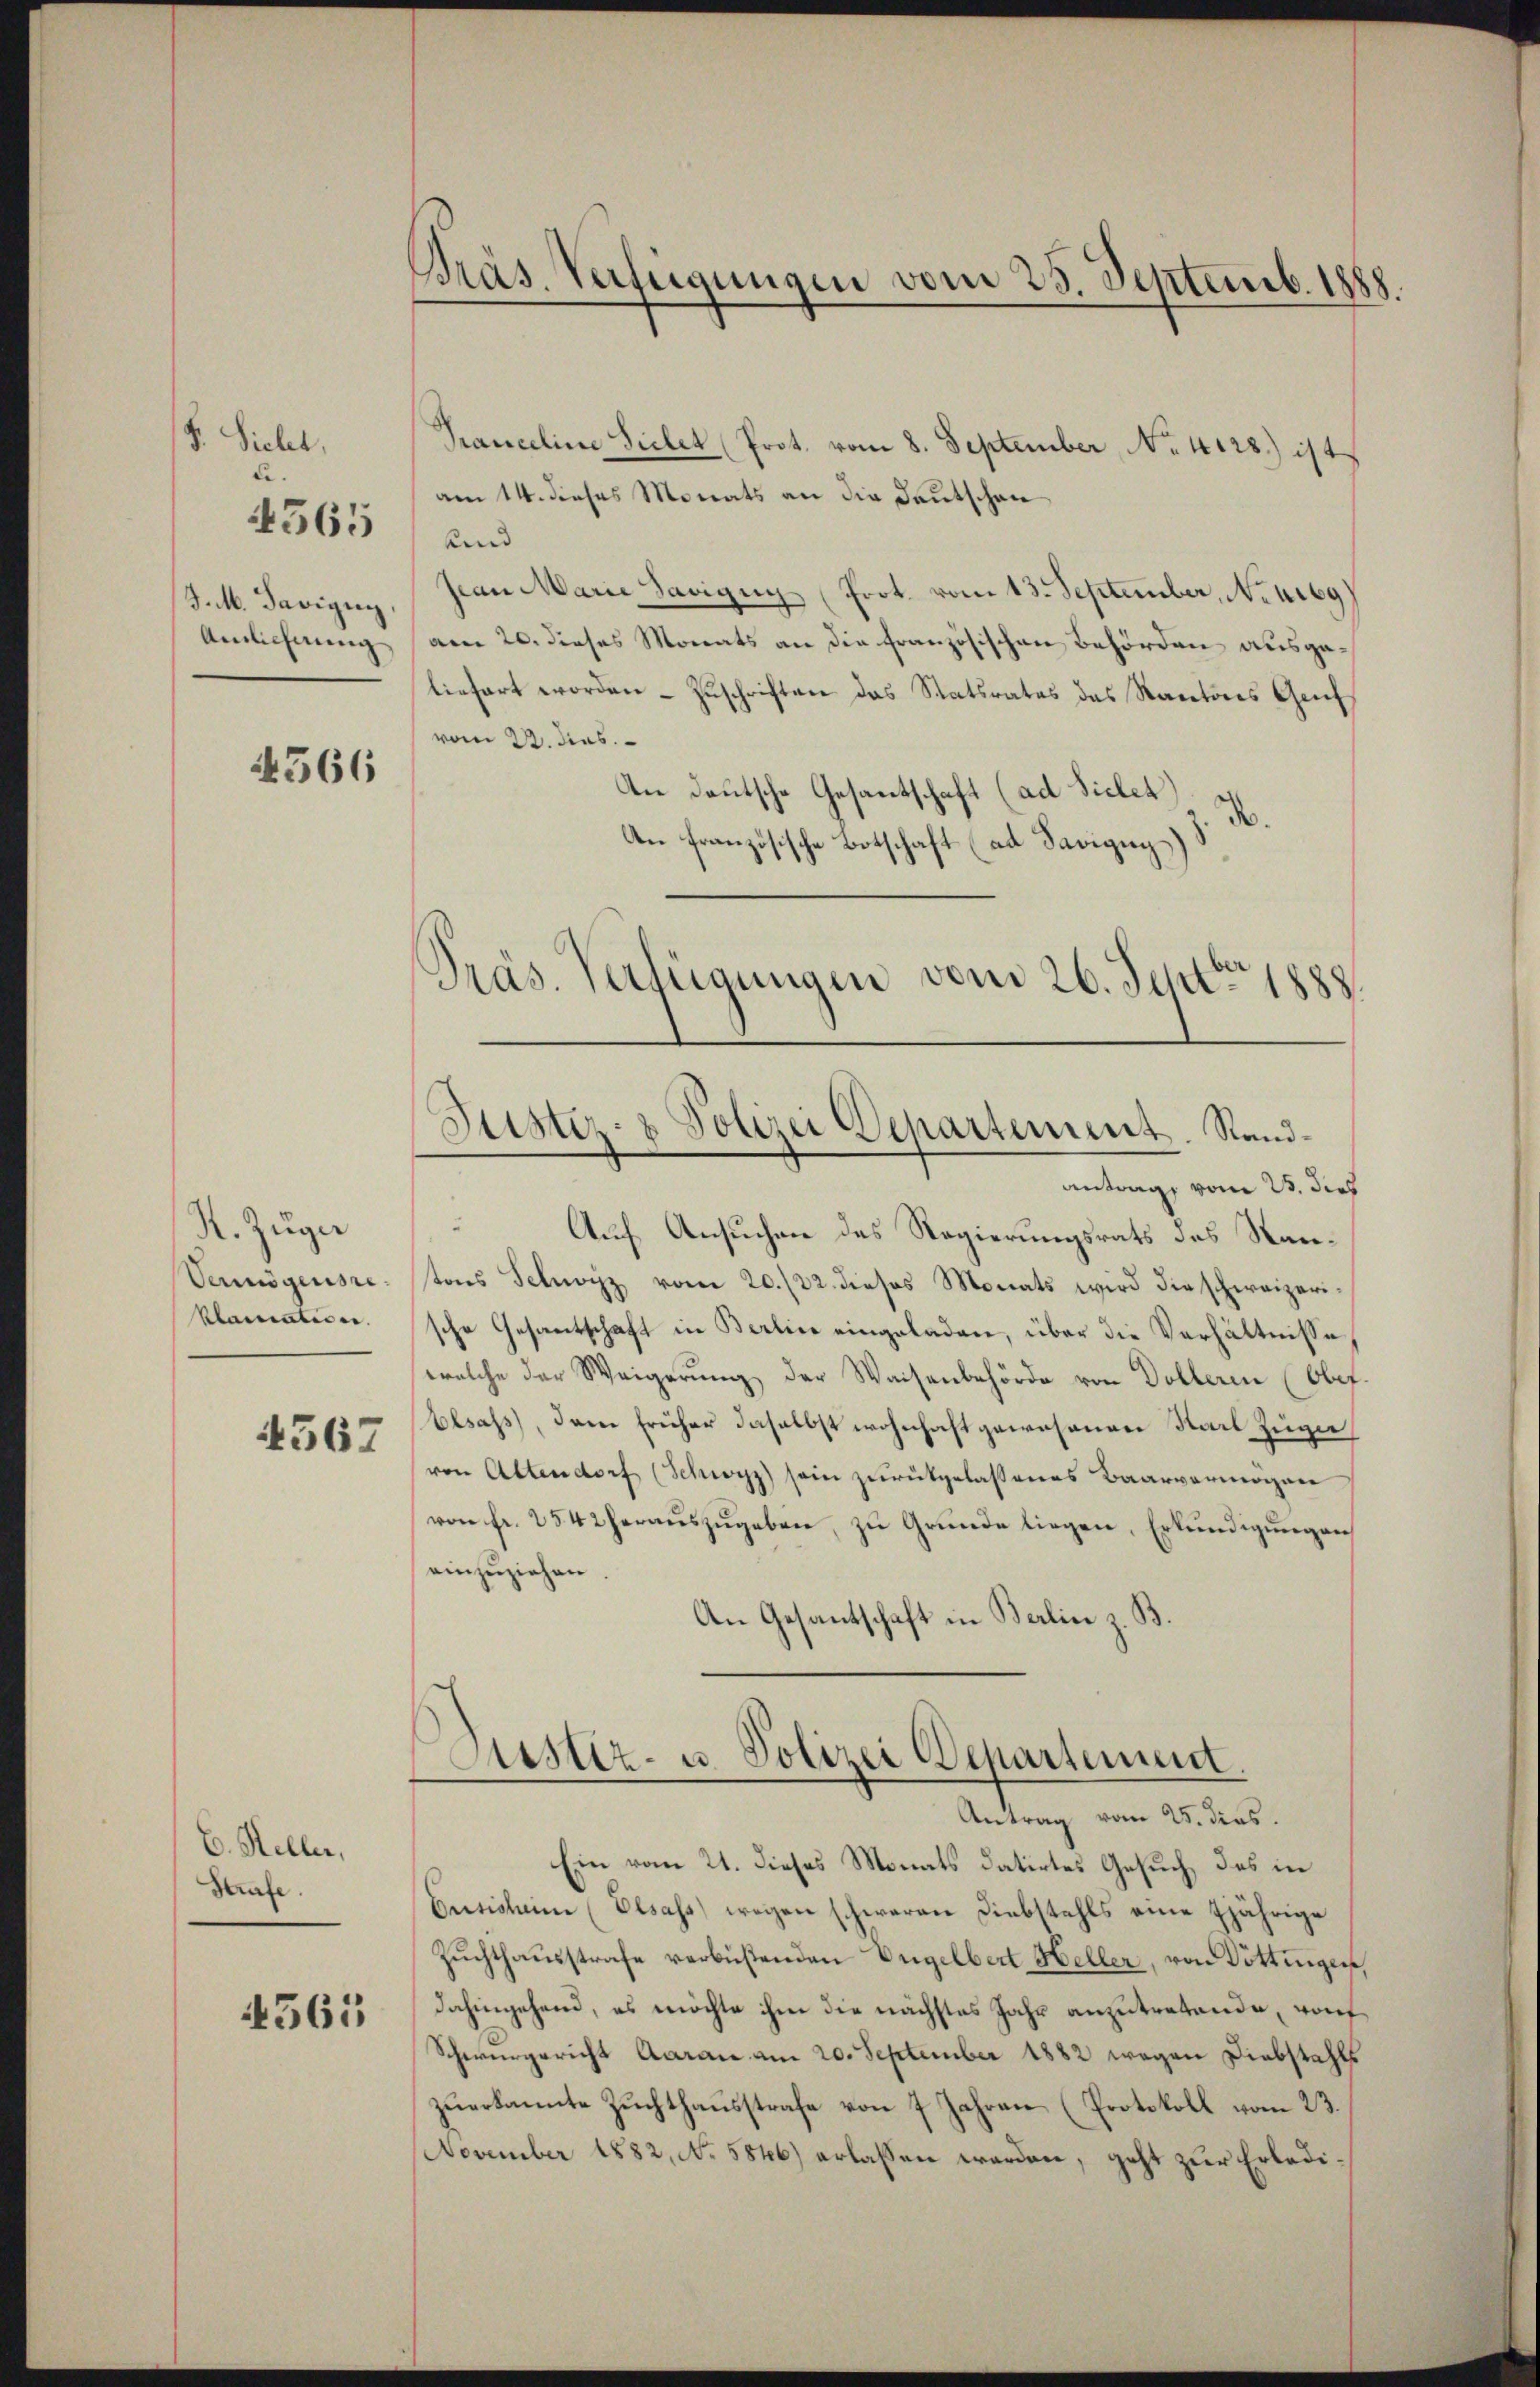
F. Siehet,
e
J.M. Savigny
Anlichnung

4565

366

N. Zŭger
Vermögensre
klarenteien. |
4567

C. Heller,
Strafe.

4561

Präs. Verfügungen vom 25. Septemb. 1888.

Pranceline Sichet (Prot. vom 8. September, No. 4128) ist
am 14. dieses Monats an die Deutschen
und
Pan Marie Savigny (Prot. vom 13. September, Neuig
am 20. dieses Monats an die französischen Behörden ausgeliefert worden – Zuschriften das Statsrates das Kantons Genf
vom 22. dies
An deutsche Gesantschaft (ad Sicher H
An französische Botschaft (ad Savigny)
Präs. Verfügungen vom 26. Septbr 1888.

Justiz- & Polizei Departement. Sand¬

antrag, vom 25. dies
Auf Ansuchen des Regierungsrats des Rantons Schwyz vom 20./22. dieses Monats wird die schweizerische Gesantschaft in Berlin eingeladen, über die Verhältnisse
welche der Weigerŭng der Waisenbehörde von Dolleren (Ober
Elsass, dann früher daselbst wohnhaft gewesenen Stadt Zuge
von Altendorf (Schwyz) sein zurückgelassenes Baarvermögen
von fr. 254 2 heraŭszŭgeben, zu Grunde liegen, Erkundigungen
einzuziehen
An Gesantschaft in Berlin z. B.
Justiz- u. Polizei Departement.
Antrag vom 25. dies.
Ein vom 21. dieses Monats datirtes Gesuch, das in
Oetisleine (Elsass) wegen schweren Diebstahls eine 7jährige
Zuchthausstrafe verbüstenden Engelbert Heller, von Döttingen,
dahingehend, es möchte ihm die nächstes Jahr anzutretende, auf
Schwurgericht Aarau am 20. September 1882 wegen Diebstahls
zŭerkannte Zuchthausstrafe von 7 Jahren (Protokoll vom 23.
November 1882, No. 5846) erlassen worden, geht zur Erledi¬